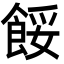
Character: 餒